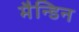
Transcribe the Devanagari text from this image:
मैन्डिन